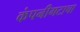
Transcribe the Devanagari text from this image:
कंपनीगटाचा